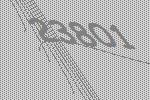
23801